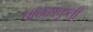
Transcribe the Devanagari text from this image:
तांदळाकृती